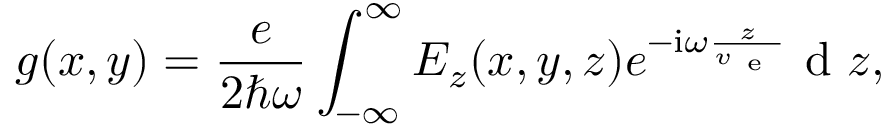
g ( x , y ) = \frac { e } { 2 \hbar \omega } \int _ { - \infty } ^ { \infty } E _ { z } ( x , y , z ) e ^ { - { \mathrm { i } } \omega \frac { z } { v _ { \mathrm { ~ e ~ } } } } \mathrm { ~ d ~ } z ,